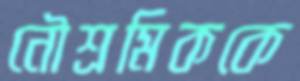
নৌশ্রমিককে